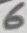
Text: 6